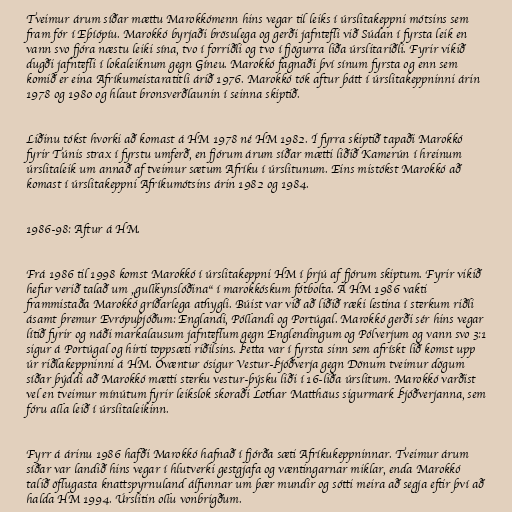
Tveimur árum síðar mættu Marokkómenn hins vegar til leiks í úrslitakeppni mótsins sem
fram fór í Eþíópíu. Marokkó byrjaði brösulega og gerði jafntefli við Súdan í fyrsta leik en
vann svo fjóra næstu leiki sína, tvo í forriðli og tvo í fjögurra liða úrslitariðli. Fyrir vikið
dugði jafntefli í lokaleiknum gegn Gíneu. Marokkó fagnaði því sínum fyrsta og enn sem
komið er eina Afríkumeistaratitli árið 1976. Marokkó tók aftur þátt í úrslitakeppninni árin
1978 og 1980 og hlaut bronsverðlaunin í seinna skiptið.

Liðinu tókst hvorki að komast á HM 1978 né HM 1982. Í fyrra skiptið tapaði Marokkó
fyrir Túnis strax í fyrstu umferð, en fjórum árum síðar mætti liðið Kamerún í hreinum
úrslitaleik um annað af tveimur sætum Afríku í úrslitunum. Eins mistókst Marokkó að
komast í úrslitakeppni Afríkumótsins árin 1982 og 1984.

1986-98: Aftur á HM.

Frá 1986 til 1998 komst Marokkó í úrslitakeppni HM í þrjú af fjórum skiptum. Fyrir vikið
hefur verið talað um „gullkynslóðina“ í marokkóskum fótbolta. Á HM 1986 vakti
frammistaða Marokkó gríðarlega athygli. Búist var við að liðið ræki lestina í sterkum riðli
ásamt þremur Evrópuþjóðum: Englandi, Póllandi og Portúgal. Marokkó gerði sér hins vegar
lítið fyrir og náði markalausum jafnteflum gegn Englendingum og Pólverjum og vann svo 3:1
sigur á Portúgal og hirti toppsæti riðilsins. Þetta var í fyrsta sinn sem afrískt lið komst upp
úr riðlakeppninni á HM. Óvæntur ósigur Vestur-Þjóðverja gegn Dönum tveimur dögum
síðar þýddi að Marokkó mætti sterku vestur-þýsku liði í 16-liða úrslitum. Marokkó varðist
vel en tveimur mínútum fyrir leikslok skoraði Lothar Matthäus sigurmark Þjóðverjanna, sem
fóru alla leið í úrslitaleikinn.

Fyrr á árinu 1986 hafði Marokkó hafnað í fjórða sæti Afríkukeppninnar. Tveimur árum
síðar var landið hins vegar í hlutverki gestgjafa og væntingarnar miklar, enda Marokkó
talið öflugasta knattspyrnuland álfunnar um þær mundir og sótti meira að segja eftir því að
halda HM 1994. Úrslitin ollu vonbrigðum.